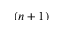
( n + 1 )